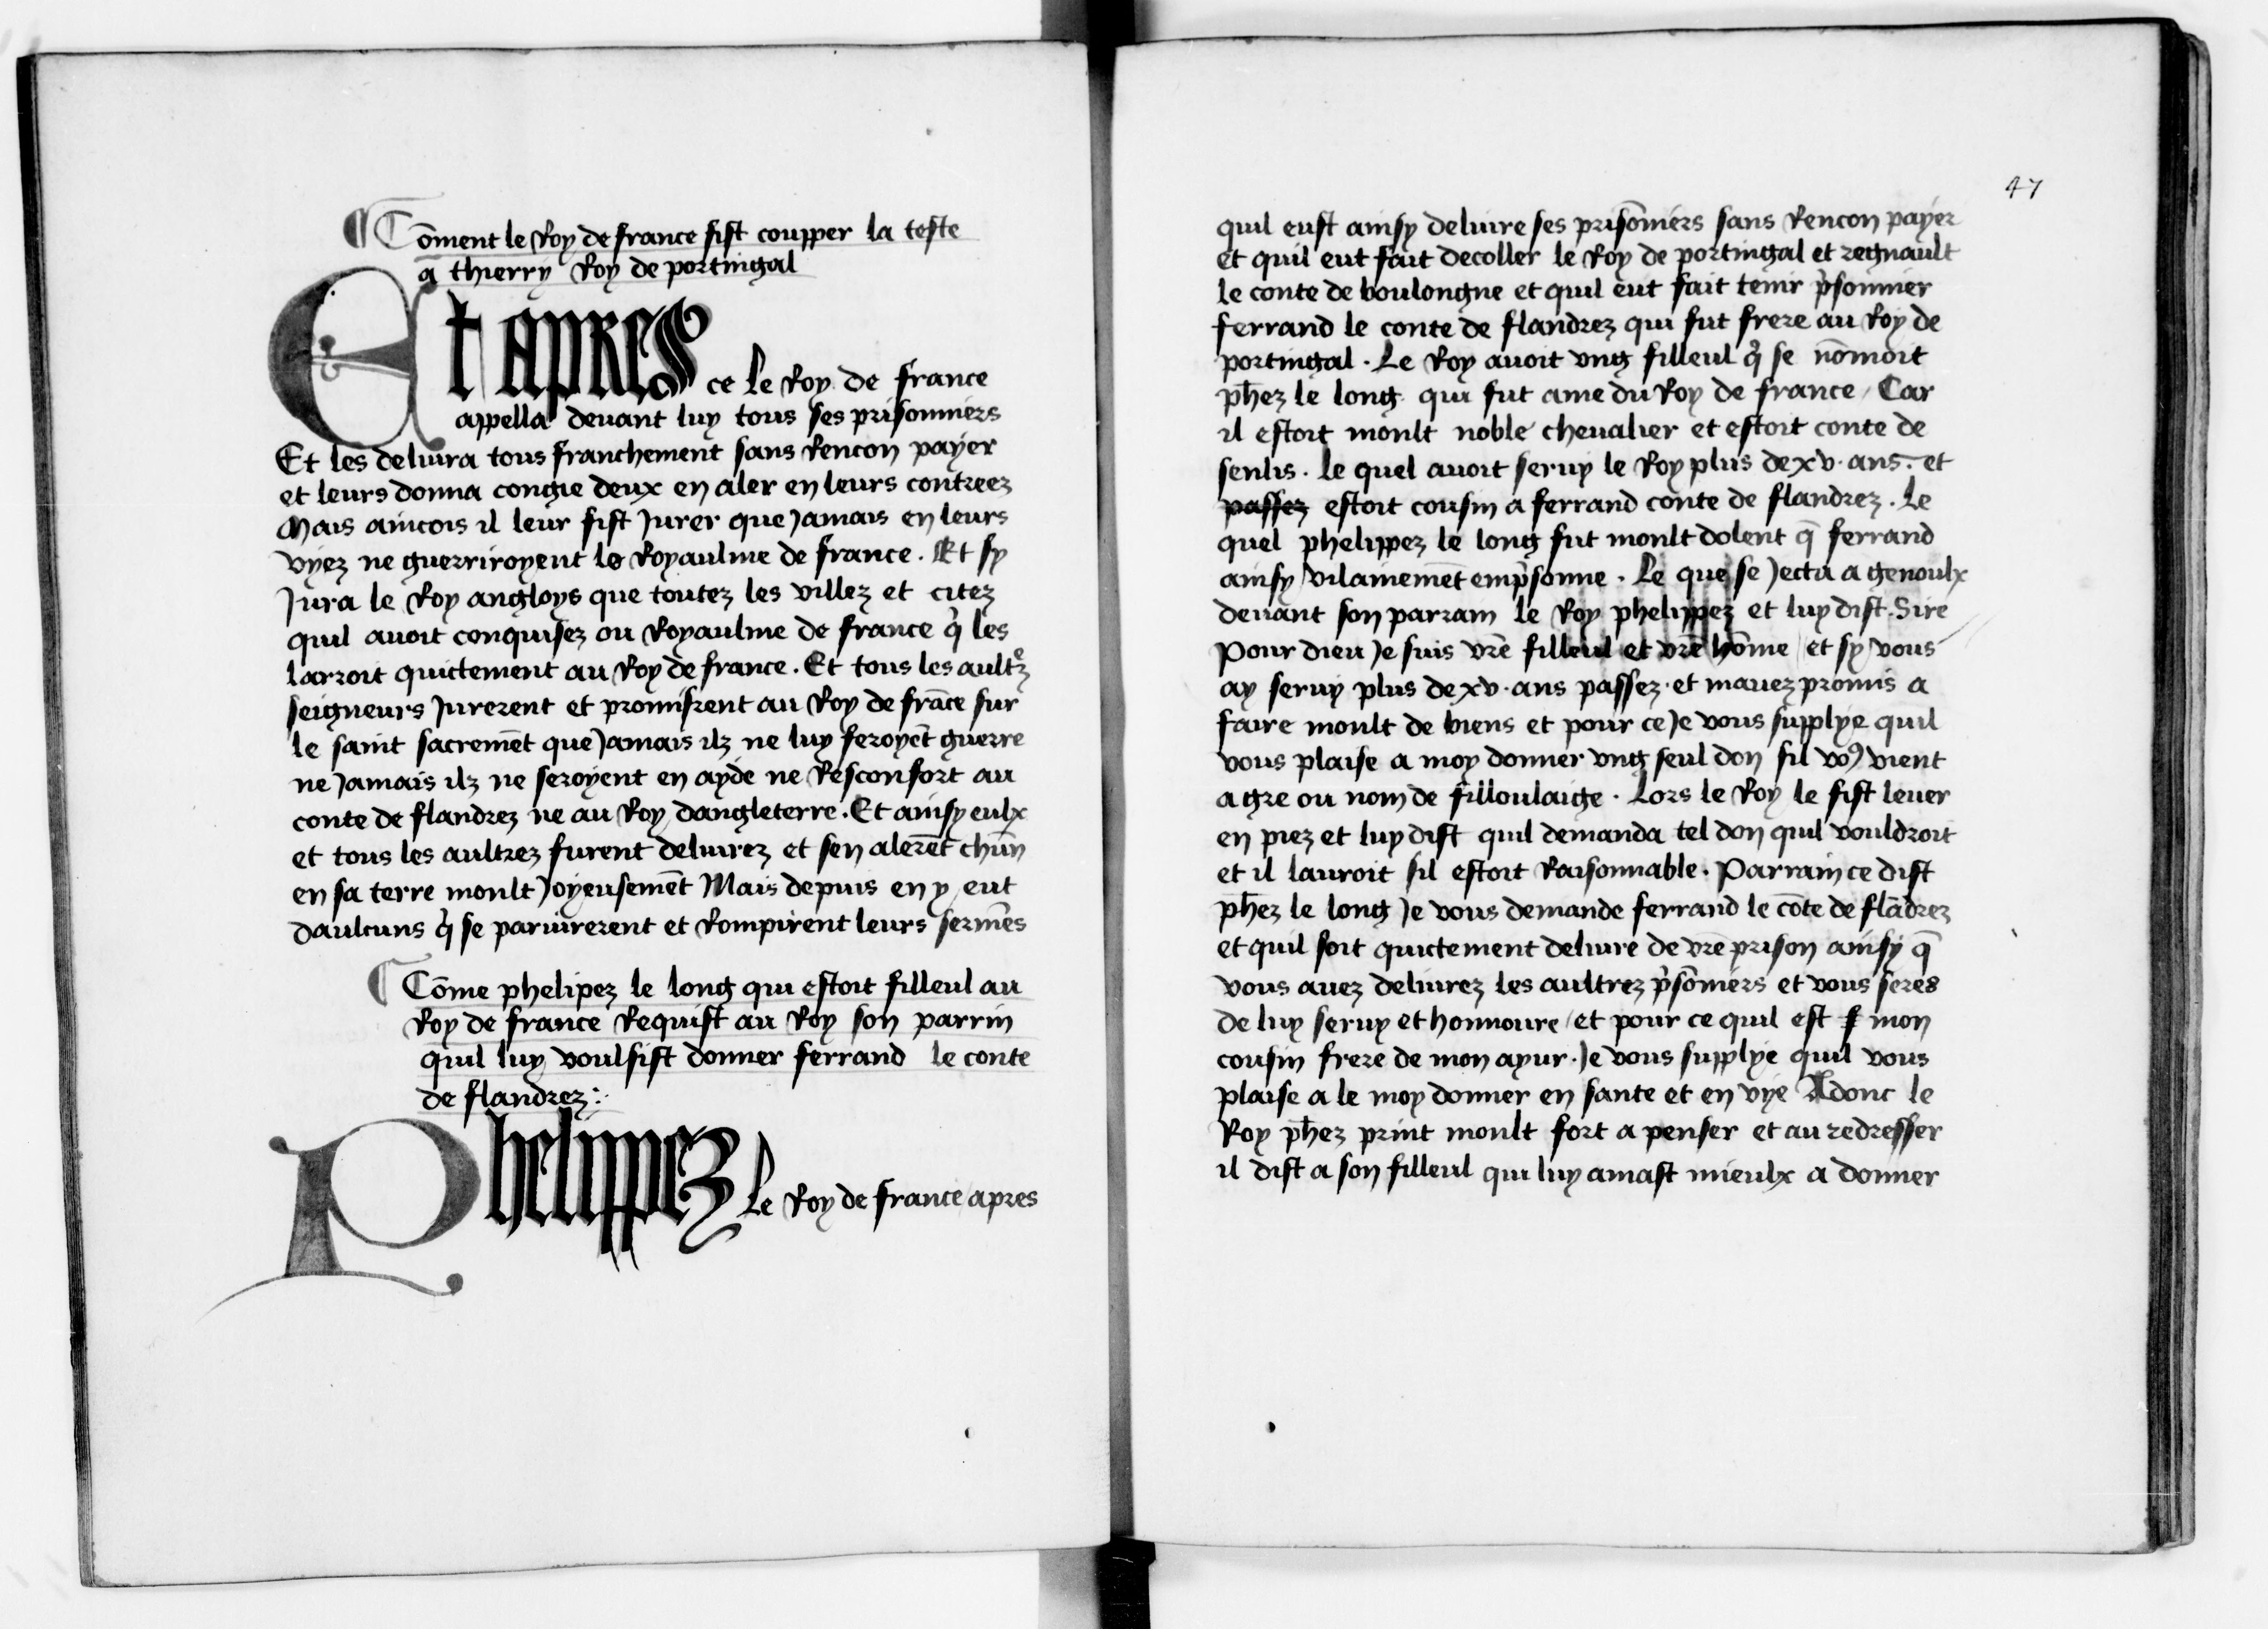
Shelfmark: Paris, BnF, NAF 6213
Century: 15